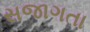
સજાગતા